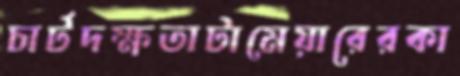
চার্টদক্ষতাটামেয়ারেরকা